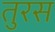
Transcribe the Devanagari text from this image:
तुरस